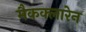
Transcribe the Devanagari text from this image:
मैकक्लारेन